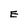
Character: E